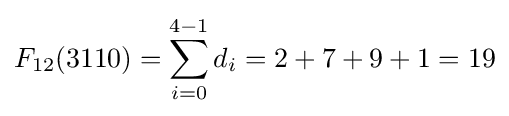
F_{12}(3110)=\sum _{i=0}^{4-1}d_{i}=2+7+9+1=19